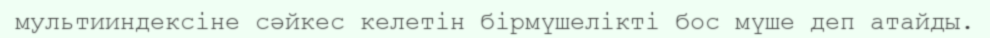
мультииндексіне сәйкес келетін бірмүшелікті бос мүше деп атайды.